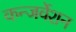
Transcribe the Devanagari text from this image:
कन्जर्वेशन